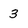
Character: 3